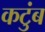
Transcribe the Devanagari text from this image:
कटुंब